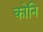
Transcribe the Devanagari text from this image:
कोनि